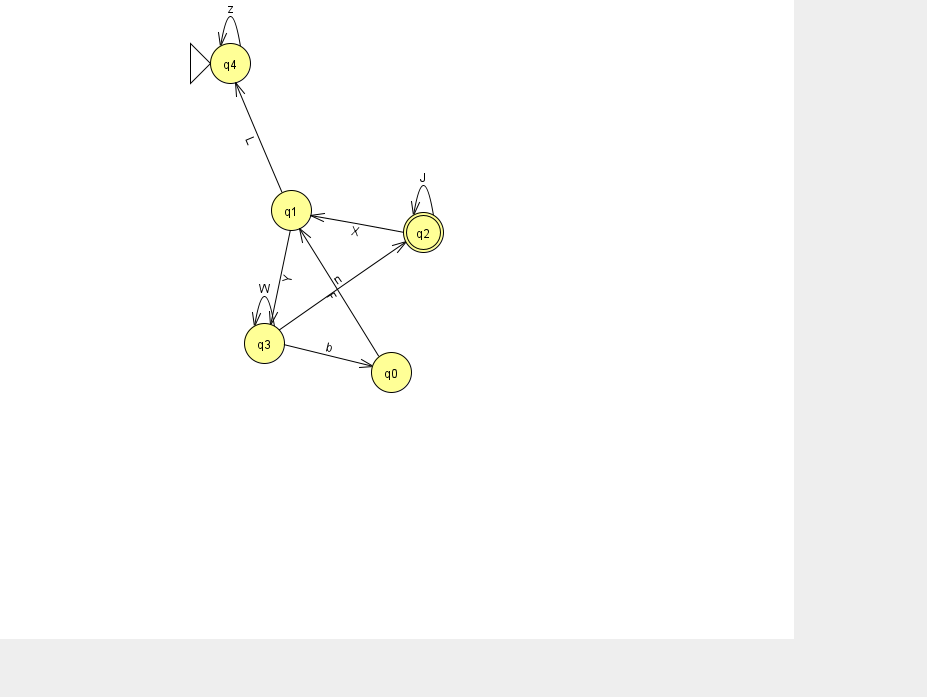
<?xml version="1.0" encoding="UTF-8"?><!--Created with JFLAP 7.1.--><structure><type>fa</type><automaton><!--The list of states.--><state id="0" name="q0"><x>391.0</x><y>359.0</y></state><state id="1" name="q1"><x>291.0</x><y>197.0</y></state><state id="2" name="q2"><x>423.0</x><y>219.0</y><final/></state><state id="3" name="q3"><x>264.0</x><y>330.0</y></state><state id="4" name="q4"><x>230.0</x><y>50.0</y><initial/></state><!--The list of transitions.--><transition><from>3</from><to>3</to><read>W</read></transition><transition><from>2</from><to>2</to><read>J</read></transition><transition><from>4</from><to>4</to><read>z</read></transition><transition><from>1</from><to>3</to><read>Y</read></transition><transition><from>2</from><to>1</to><read>X</read></transition><transition><from>3</from><to>0</to><read>b</read></transition><transition><from>0</from><to>1</to><read>F</read></transition><transition><from>1</from><to>4</to><read>L</read></transition><transition><from>3</from><to>2</to><read>n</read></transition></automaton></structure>